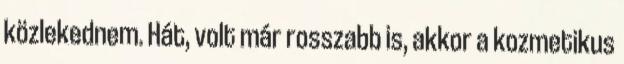
közlekednem. Hát, volt már rosszabb is, akkor a kozmetikus